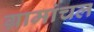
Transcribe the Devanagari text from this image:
ग्रामांचल